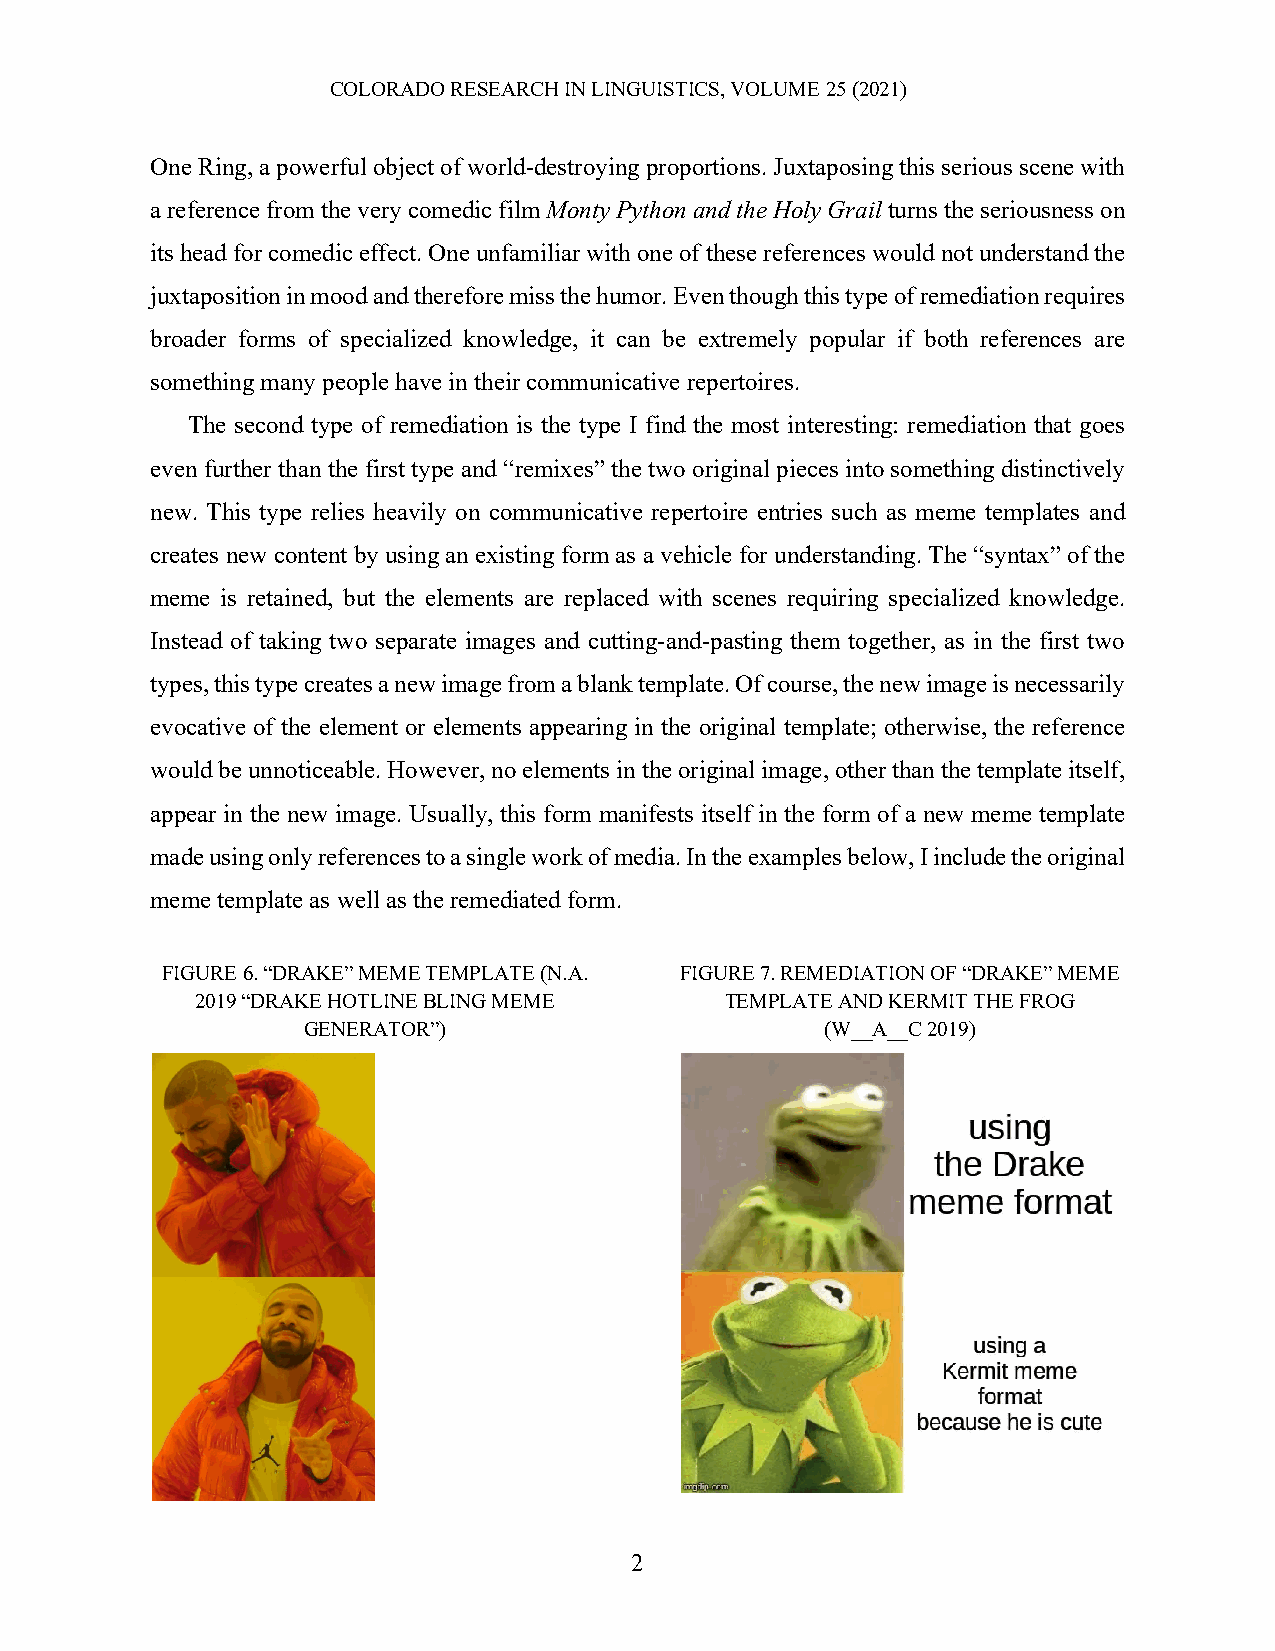
COLORADO RESEARCH IN LINGUISTICS, VOLUME 25 (2021)
 One Ring, a powerful object of world-destroying proportions. Juxtaposing this serious scene with
 a reference from the very comedic film Monty Python and the Holy Grail turns the seriousness on
 its head for comedic effect. One unfamiliar with one of these references would not understand the
 juxtaposition in mood and therefore miss the humor. Even though this type of remediation requires
 broader forms of specialized knowledge, it can be extremely popular if both references are
 something many people have in their communicative repertoires.
 The second type of remediation is the type I find the most interesting: remediation that goes
 even further than the first type and “remixes” the two original pieces into something distinctively
 new. This type relies heavily on communicative repertoire entries such as meme templates and
 creates new content by using an existing form as a vehicle for understanding. The “syntax” of the
 meme is retained, but the elements are replaced with scenes requiring specialized knowledge.
 Instead of taking two separate images and cutting-and-pasting them together, as in the first two
 types, this type creates a new image from a blank template. Of course, the new image is necessarily
 evocative of the element or elements appearing in the original template; otherwise, the reference
 would be unnoticeable. However, no elements in the original image, other than the template itself,
 appear in the new image. Usually, this form manifests itself in the form of a new meme template
 made using only references to a single work of media. In the examples below, I include the original
 meme template as well as the remediated form.
 FIGURE 6. “DRAKE” MEME TEMPLATE (N.A. FIGURE 7. REMEDIATION OF “DRAKE” MEME
 2019 “DRAKE HOTLINE BLING MEME     TEMPLATE AND KERMIT THE FROG
 GENERATOR”)                        (W__A__C 2019)
 2